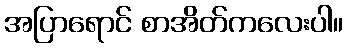
အပြာရောင် စာအိတ်ကလေးပါ။